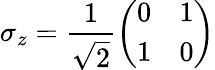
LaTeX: \sigma_{z}={\frac{1}{\sqrt{2}}}{\left(\begin{array}{ll}{0}&{1}\\ {1}&{0}\end{array}\right)}